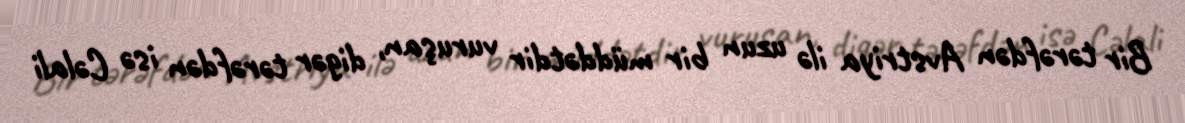
Bir tərəfdən Avstriya ilə uzun bir müddətdir vuruşan, digər tərəfdən isə Cəlali